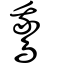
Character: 鵞